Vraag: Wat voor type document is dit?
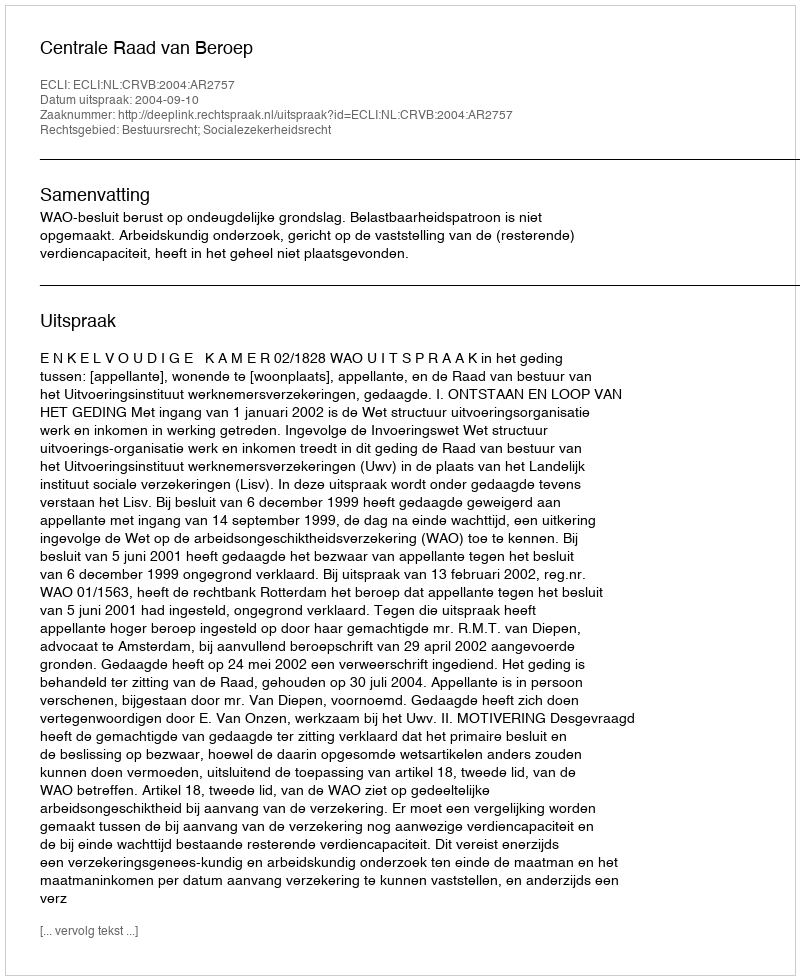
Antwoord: Uitspraak